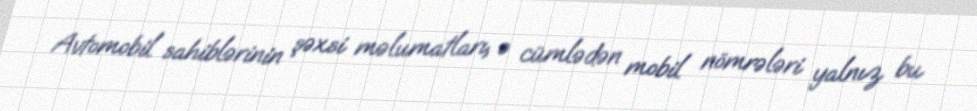
Avtomobil sahiblərinin şəxsi məlumatları, o cümlədən mobil nömrələri yalnız bu